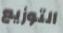
التوزيع